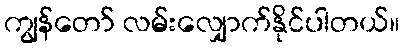
ကျွန်တော် လမ်းလျှောက်နိုင်ပါတယ်။